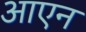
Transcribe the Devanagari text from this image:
आएन